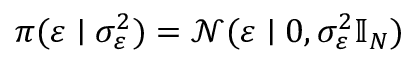
\pi ( \boldsymbol { \varepsilon } \mid \sigma _ { \varepsilon } ^ { 2 } ) = \mathcal { N } ( \boldsymbol { \varepsilon } \mid \boldsymbol { 0 } , \sigma _ { \varepsilon } ^ { 2 } \mathbb { I } _ { N } )